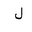
Letter: _lam